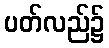
ပတ်လည်၌